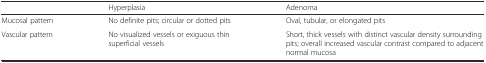
<table><thead><tr><td></td><td><b>Hyperplasia</b></td><td><b>Adenoma</b></td></tr></thead><tbody><tr><td>Mucosal pattern</td><td>No definite pits; circular or dotted pits</td><td>Oval, tubular, or elongated pits</td></tr><tr><td>Vascular pattern</td><td>No visualized vessels or exiguous thin superficial vessels</td><td>Short, thick vessels with distinct vascular density surrounding pits; overall increased vascular contrast compared to adjacent normal mucosa</td></tr></tbody></table>